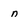
Character: n